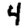
Digit: 4